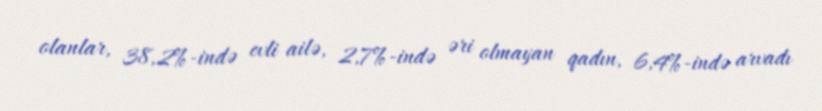
olanlar, 38,2%-ində evli ailə, 2,7%-ində əri olmayan qadın, 6,4%-ində arvadı